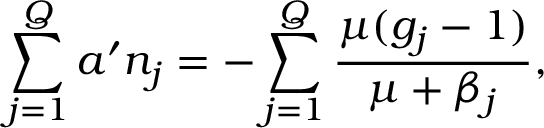
\sum _ { j = 1 } ^ { Q } a ^ { \prime } n _ { j } = - \sum _ { j = 1 } ^ { Q } \frac { \mu ( g _ { j } - 1 ) } { \mu + \beta _ { j } } ,